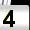
Digit: 4